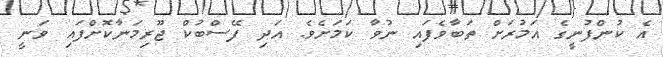
އެ ކުންފުނީގެ އަމުރަށް ތަބާވެފައި ނުވާ ކަމަށެވެ. އަދި ފޭސްބުކް ޖޫރިމަނާކޮށްފައި ވަނީ